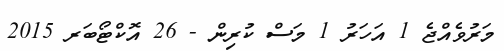
މަރުވެއްޖެ 1 އަހަރު 1 މަސް ކުރިން - 26 އޮކްޓޯބަރ 2015